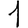
Digit: 1